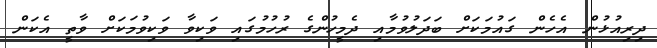
ދިރިއުޅުން އެހެން ގައުމަކަށް ބަދަލުވުމާއި ދެމީހުންގެ ރުހުމުގައި ވަކިވާ ވަކިވުމަކަށް ވާތީ އެކަން